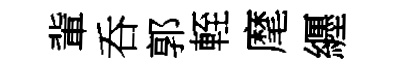
軰呑郭輊麾纒